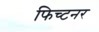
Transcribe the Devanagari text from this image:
फिच्टनर